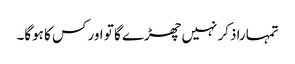
تمہارا ذکر نہیں چھڑے گا تو اور کس کا ہوگا۔